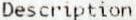
DESCRIPTION